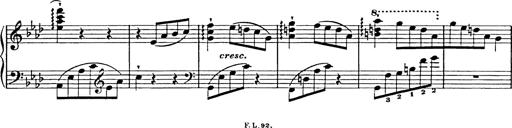
Title: Feuilles d'Album
Composer: Percy Godfrey